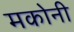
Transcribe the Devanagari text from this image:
मकोनी